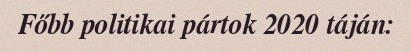
Főbb politikai pártok 2020 táján: